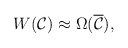
\begin{align*}W({\cal C}) \approx \Omega(\overline{\cal C}), \end{align*}